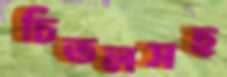
চিতলসহ